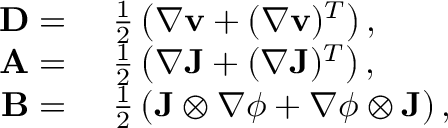
\begin{array} { r l } { \mathbf { D } = } & { ~ \frac { 1 } { 2 } \left( \nabla \mathbf { v } + ( \nabla \mathbf { v } ) ^ { T } \right) , } \\ { \mathbf { A } = } & { ~ \frac { 1 } { 2 } \left( \nabla \mathbf { J } + ( \nabla \mathbf { J } ) ^ { T } \right) , } \\ { \mathbf { B } = } & { ~ \frac { 1 } { 2 } \left( \mathbf { J } \otimes \nabla \phi + \nabla \phi \otimes \mathbf { J } \right) , } \end{array}